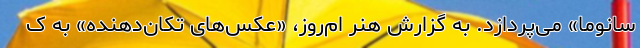
سانوما» می‌پردازد. به گزارش هنر ام‌روز، «عکس‌های تکان‌دهنده» به ک